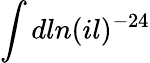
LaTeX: \int dln(il)^{-24}